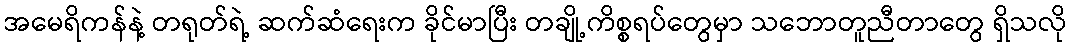
အမေရိကန်နဲ့ တရုတ်ရဲ့ ဆက်ဆံရေးက ခိုင်မာပြီး တချို့ကိစ္စရပ်တွေမှာ သဘောတူညီတာတွေ ရှိသလို